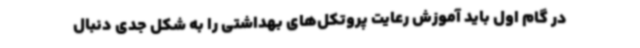
در گام اول باید آموزش رعایت پروتکل‌های بهداشتی را به شکل جدی دنبال